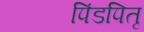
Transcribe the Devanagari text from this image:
पिंडपितृ